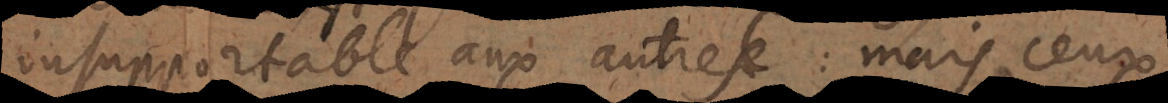
insupportable aux autres: mais ceux